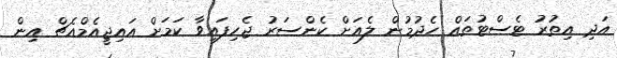
އަދި އިތުރު ޓެސްޓުތައް ހެދުމުން ލެއަށް ކެންސަރު ޖެހިފައިވާ ކަމަށް އައިޖީއެމްއެޗް އިން